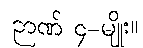
ဉာဏ် ၄-မျိုး။